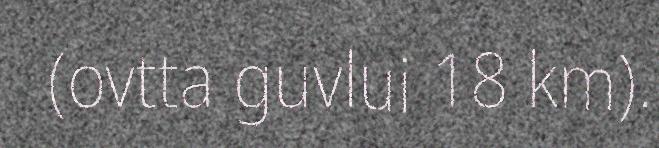
(ovtta guvlui 18 km).